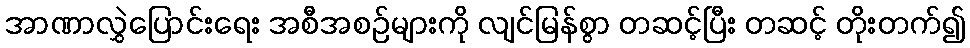
အာဏာလွှဲပြောင်းရေး အစီအစဉ်များကို လျင်မြန်စွာ တဆင့်ပြီး တဆင့် တိုးတက်၍